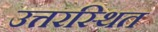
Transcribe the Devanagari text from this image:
उत्तरस्थित